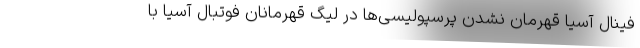
فینال آسیا قهرمان نشدن پرسپولیسی‌ها در لیگ قهرمانان فوتبال آسیا با